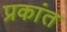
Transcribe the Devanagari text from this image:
प्रकांत